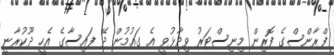
ފްރާންސްގެ ފޮރިން މިނިސްޓަރު ވިދާޅުވީ އެ ގައުމުން ދޭ ފައިސާގެ އެހީ ދޫކުރާނީ